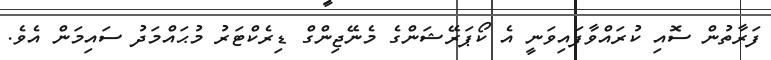
ފަރާތުން ސޮއި ކުރައްވާފައިވަނީ އެ ކޯޕަރޭޝަންގެ މެނޭޖިންގް ޑިރެކްޓަރު މުޙައްމަދު ސައިމަން އެވެ.